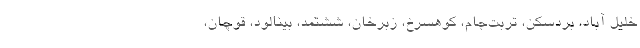
خلیل آباد، بردسکن، تربت‌جام، کوهسرخ، زبرخان، ششتمد، بینالود، قوچان،